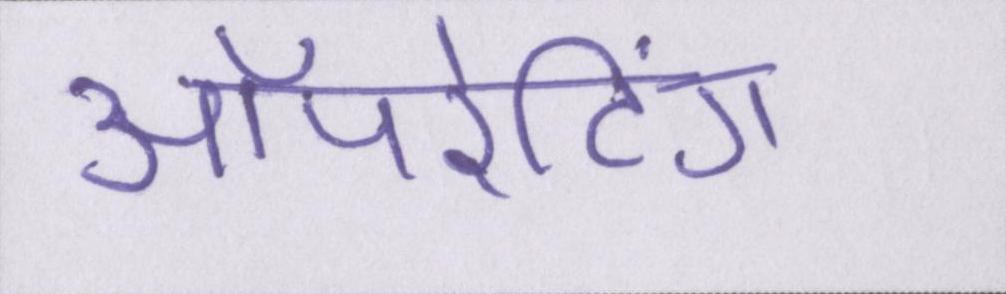
ऑपरेटिंग